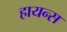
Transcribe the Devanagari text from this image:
हायन्स